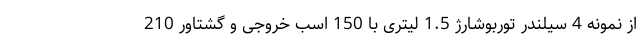
از نمونه 4 سیلندر توربوشارژ 1.5 لیتری با 150 اسب خروجی و گشتاور 210